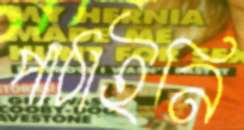
পাঠাইনি